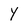
Character: Y